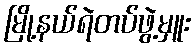
မြို့နယ်ရဲတပ်ဖွဲ့မှူး